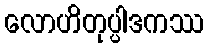
လောဟိတုပ္ပါဒကဿ